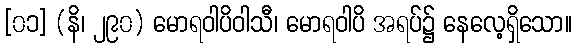
[၀၁] (နိ၊ ၂၉၀) မောရဝါပိဝါသီ၊ မောရဝါပိ အရပ်၌ နေလေ့ရှိသော။